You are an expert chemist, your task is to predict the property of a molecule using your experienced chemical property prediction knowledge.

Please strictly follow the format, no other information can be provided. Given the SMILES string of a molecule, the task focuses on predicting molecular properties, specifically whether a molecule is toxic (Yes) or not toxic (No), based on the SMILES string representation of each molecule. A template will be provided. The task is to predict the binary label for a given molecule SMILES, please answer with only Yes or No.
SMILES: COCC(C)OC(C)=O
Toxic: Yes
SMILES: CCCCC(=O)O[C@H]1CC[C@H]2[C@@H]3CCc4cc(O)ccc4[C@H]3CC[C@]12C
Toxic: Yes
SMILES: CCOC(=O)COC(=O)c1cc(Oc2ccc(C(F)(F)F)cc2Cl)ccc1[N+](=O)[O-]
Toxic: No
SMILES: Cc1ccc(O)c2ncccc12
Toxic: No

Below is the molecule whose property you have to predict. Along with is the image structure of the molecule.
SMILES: CCCCCCCCCCCC[N+](C)(C)CC(=O)[O-]
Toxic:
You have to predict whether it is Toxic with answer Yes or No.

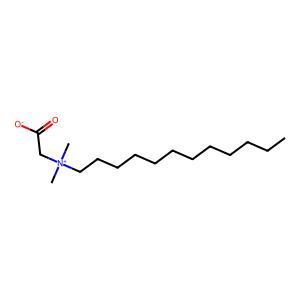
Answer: No